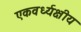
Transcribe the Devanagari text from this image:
एकवर्ध्यक्षीय